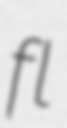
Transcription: fl